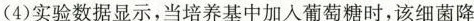
(4)实验数据显示，当培养基中加入葡萄糖时，该细菌降